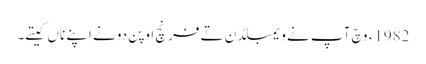
1982ء وچ آپ نے ویمبلڈن تے فرنچ اوپن دونے اپنے ناں کیتے۔